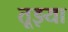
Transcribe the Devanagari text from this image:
तूझ्या